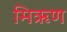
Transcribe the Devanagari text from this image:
मिऋण